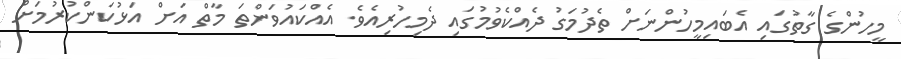
މީހުންގެ ގާތުގައި އެބައިމީހުންނަށް ތެދުމަގު ދެއްކެވުމުގައި ދެމިހުރިއެވެ. އެއްކައުވަންތަ މާތް އަށް އަޅުކަންކުރުމަށް